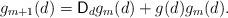
LaTeX: \begin{align*}g_{m+1}(d)=\mathsf{D}_{d}g_{m}(d)+g(d)g_{m}(d). \end{align*}